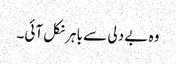
وہ بے دلی سے باہر نکل آئی۔